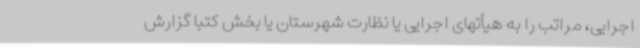
اجرایی، مراتب را به هیأتهای اجرایی یا نظارت شهرستان یا بخش کتباً گزارش